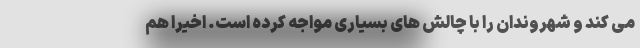
می کند و شهروندان را با چالش های بسیاری مواجه کرده است. اخیرا هم